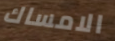
الامساك